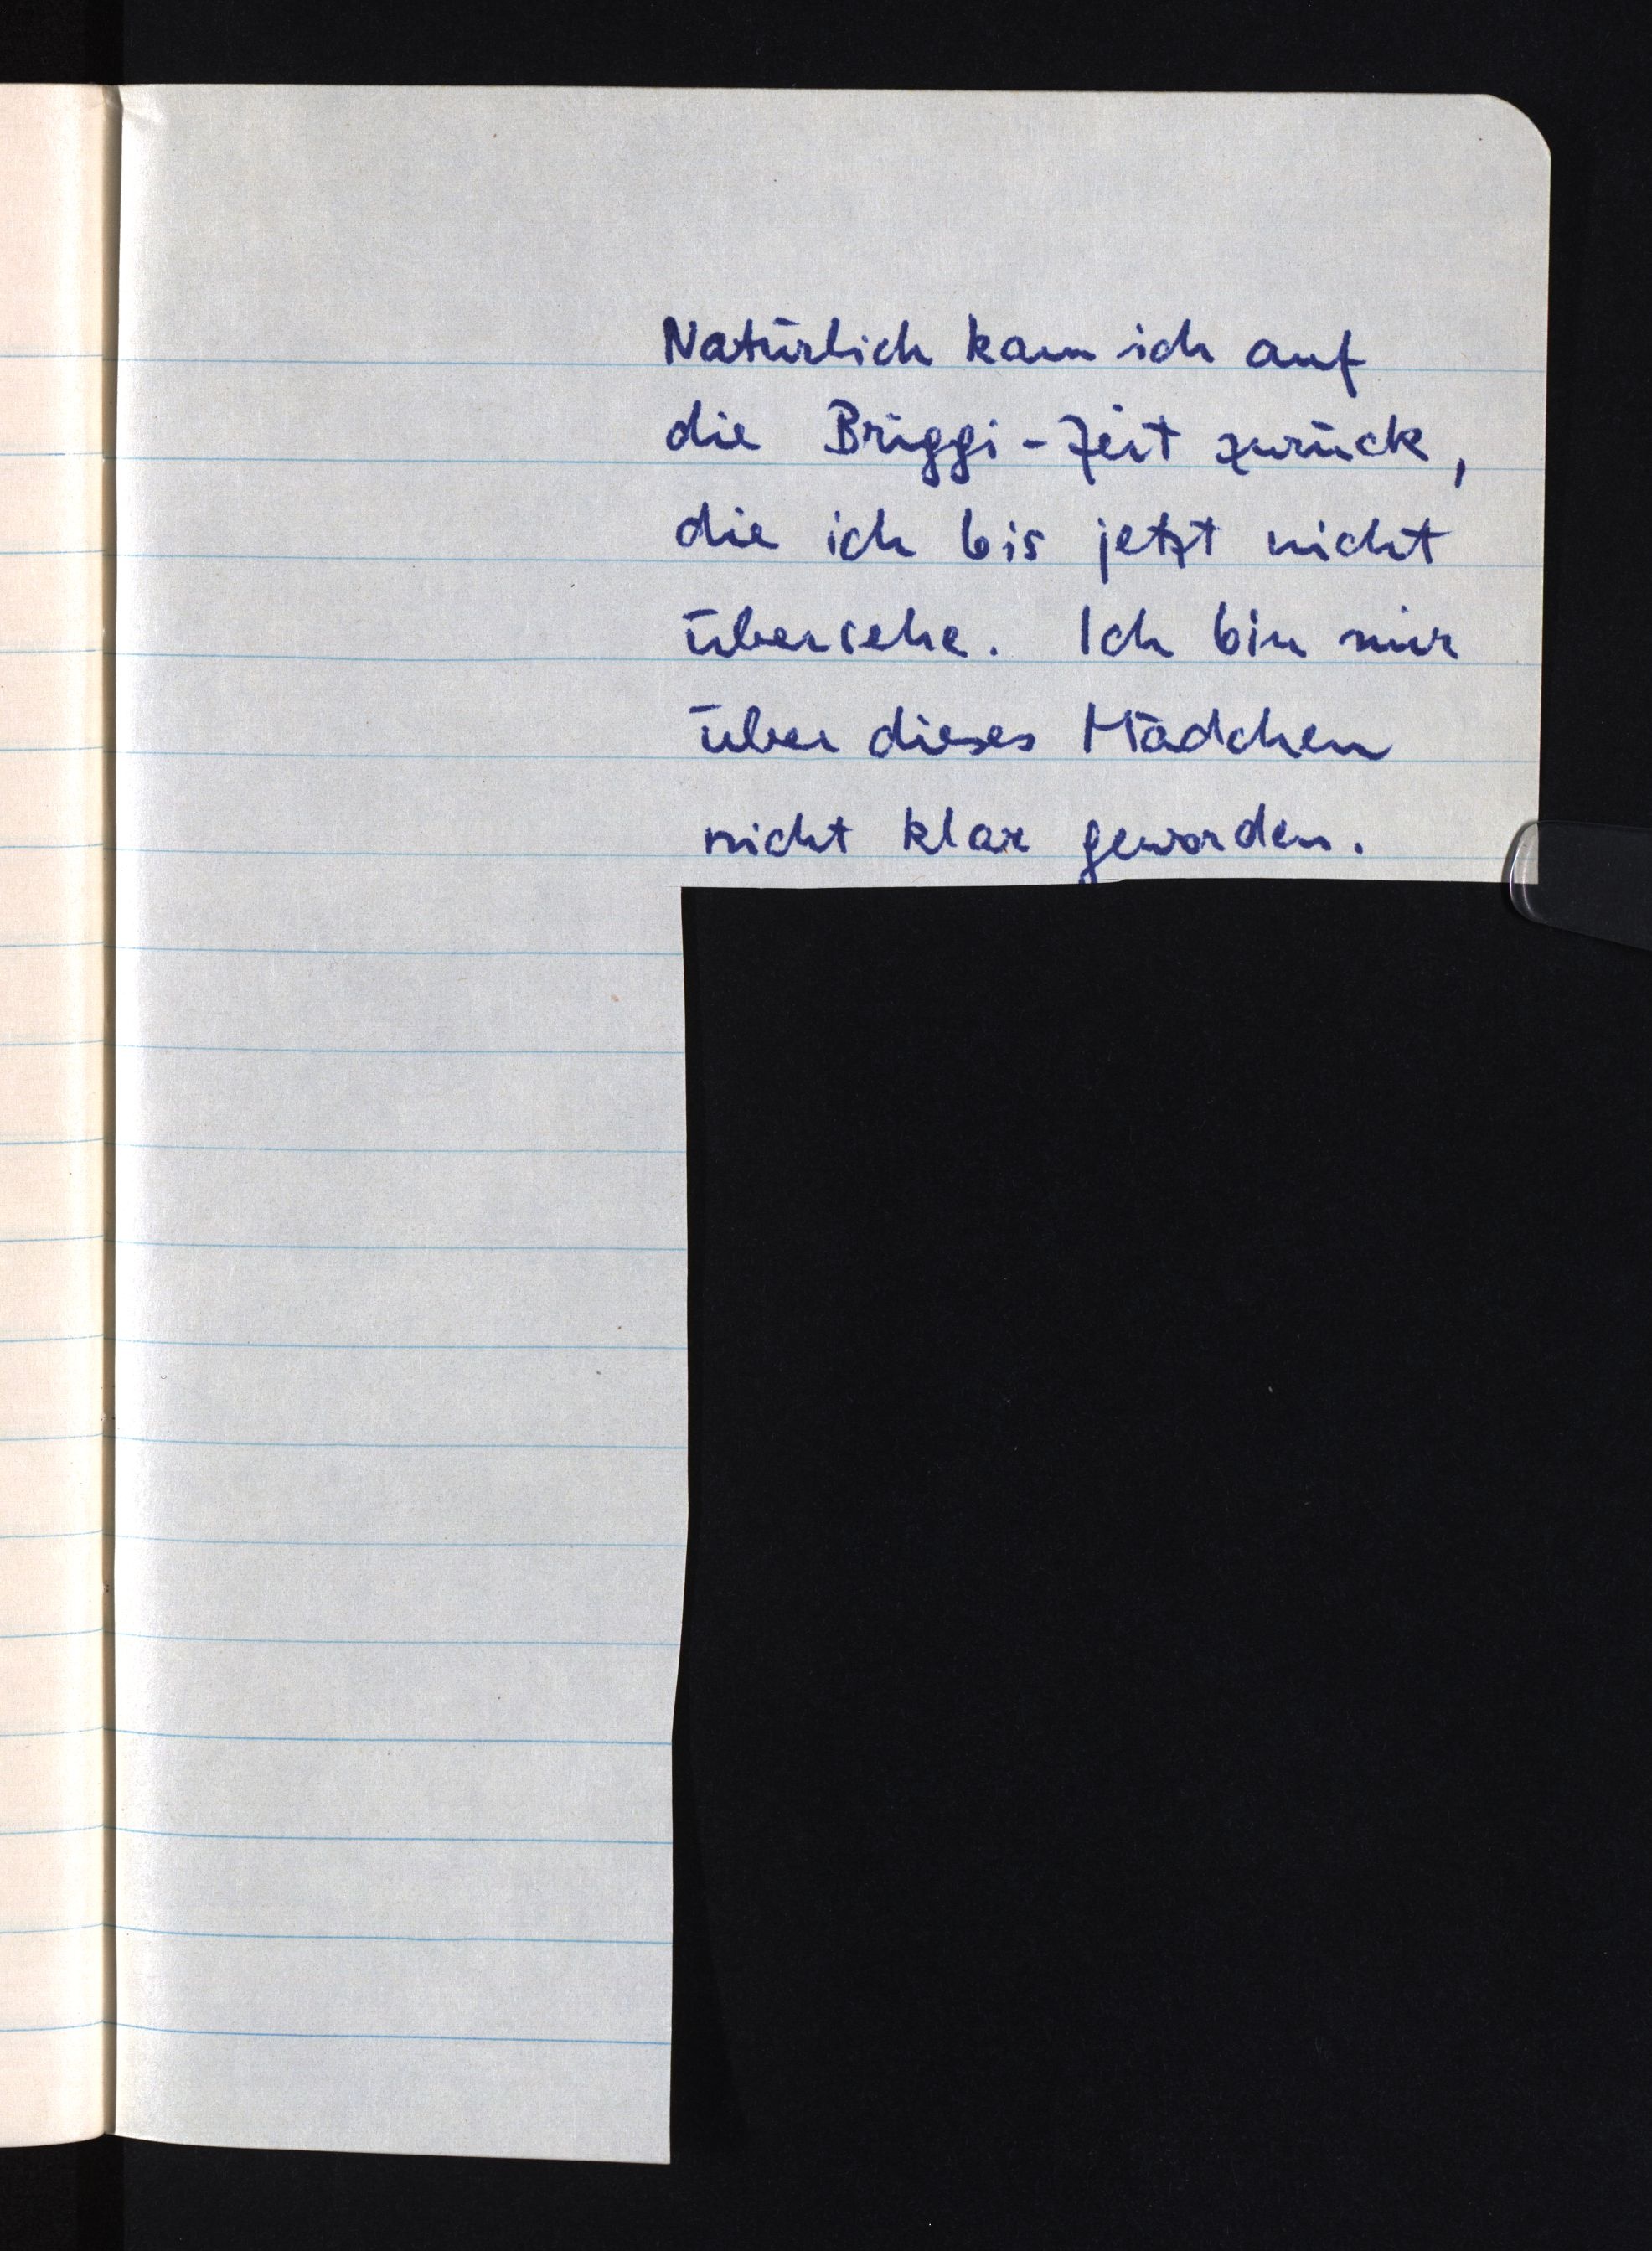
Natürlich kam ich auf
die Briggi-Zeit zurück,
die ich bis jetzt nicht
übersehe. Ich bin mir
über dieses Mädchen
nicht klar geworden.